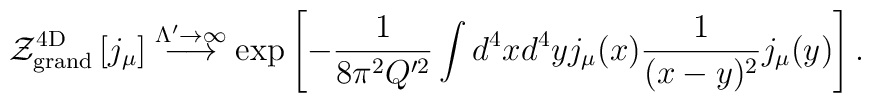
{\cal Z}_{\rm grand}^{\rm 4D}\left[j_\mu\right]\stackrel{{\Lambda'\to\infty}}{\longrightarrow}\exp\left[-\frac{1}{8\pi^2Q'^2}\int d^4xd^4yj_\mu(x)\frac{1}{(x-y)^2}j_\mu(y)\right].